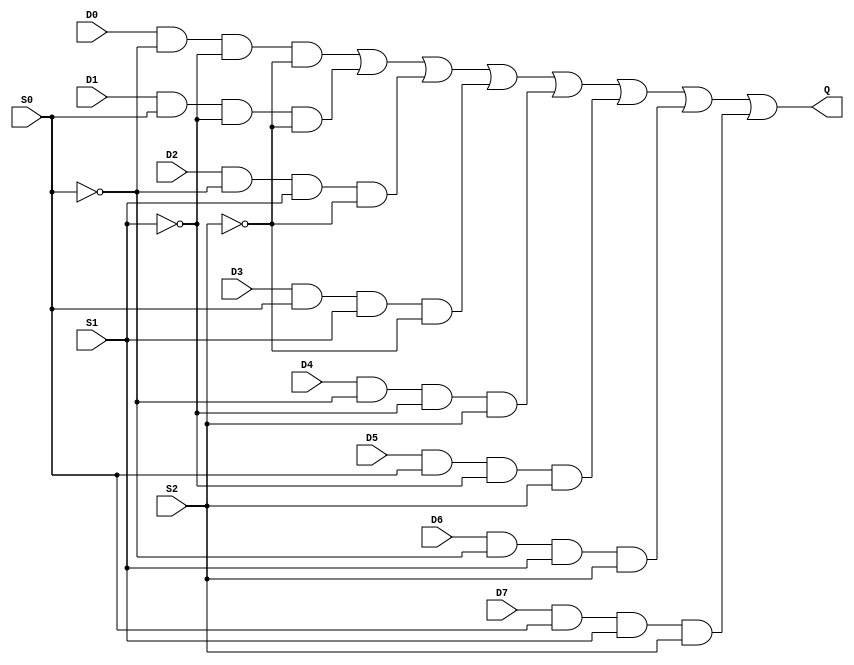
module eight_to_one_line_mux(
    input D0,D1,D2,D3,D4,D5,D6,D7,S0,S1,S2,
    output Q
    );
    assign Q = (D0&(~S0)&(~S1)&(~S2))|(D1&S0&(~S1)&(~S2))|(D2&(~S0)&S1&(~S2))|(D3&S0&S1&(~S2))|(D4&(~S0)&(~S1)&S2)|(D5&S0&(~S1)&S2)|(D6&(~S0)&S1&S2)|(D7&S0&S1&S2);
endmodule